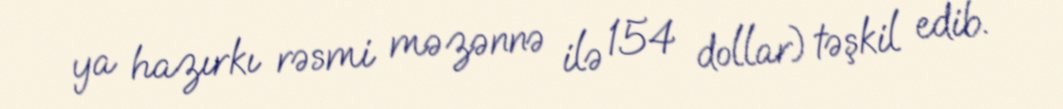
ya hazırkı rəsmi məzənnə ilə 154 dollar) təşkil edib.